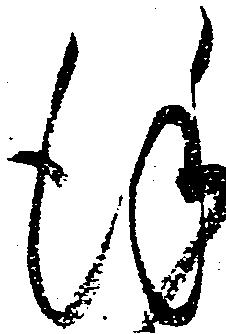
謹